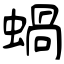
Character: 蝸